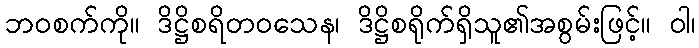
ဘဝစက်ကို။ ဒိဋ္ဌိစရိတဝသေန၊ ဒိဋ္ဌိစရိုက်ရှိသူ၏အစွမ်းဖြင့်။ ဝါ၊